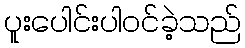
ပူးပေါင်းပါဝင်ခဲ့သည်